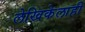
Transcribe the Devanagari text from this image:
लेखिकेलाही